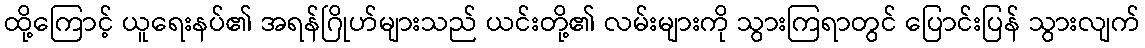
ထို့ကြောင့် ယူရေးနပ်၏ အရန်ဂြိုဟ်များသည် ယင်းတို့၏ လမ်းများကို သွားကြရာတွင် ပြောင်းပြန် သွားလျက်